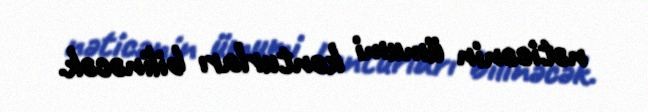
nəticənin ümumi konturları bilinəcək.